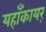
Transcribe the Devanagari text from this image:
यहाँकायर्